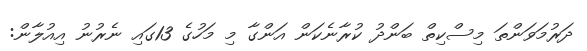
ދަރުމަވަންތަ މިސްކިތް ބަންދު ކުރާނެކަން އަންގާ މި މަހުގެ 13ގައި ނެރުނު އިއުލާން: